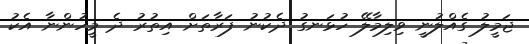
ޖަމީލު ގެއްލުނީ ވިލިމާލޭ ހުޅަނގު ދެކުނު ފަރާތަށް އިތުރު ދެ މީހުންނާ އެކު